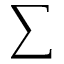
\sum